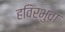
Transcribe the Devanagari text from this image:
हविर्भुवा